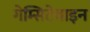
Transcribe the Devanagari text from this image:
गेम्सिटेबाइन